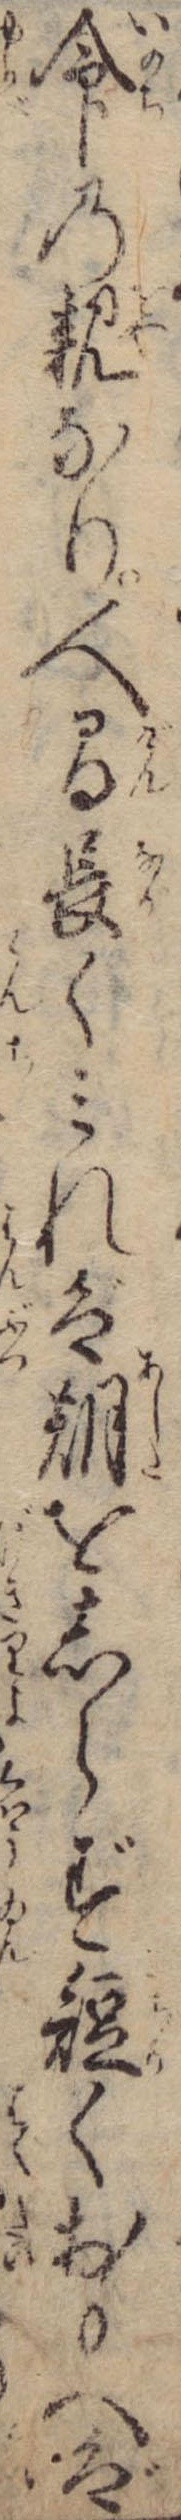
命の親なり人間長くみれば朝をしらず短くおもへば